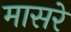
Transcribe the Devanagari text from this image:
मासरे